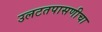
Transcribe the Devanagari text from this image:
उलटतपासणीचा